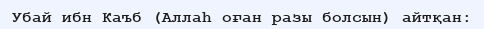
Убай ибн Каъб (Аллаһ оған разы болсын) айтқан: